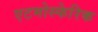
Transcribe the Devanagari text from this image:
एटमोस्फेरिक